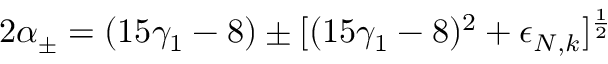
2 \alpha _ { \pm } = ( 1 5 \gamma _ { 1 } - 8 ) \pm [ ( 1 5 \gamma _ { 1 } - 8 ) ^ { 2 } + \epsilon _ { N , k } ] ^ { \frac 1 2 }